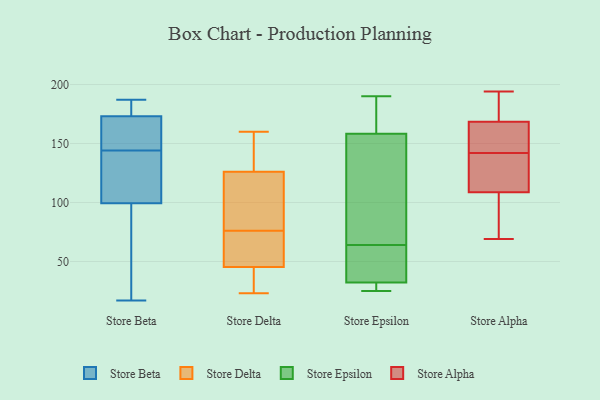
{"axis": {"x": "Tickets Resolved", "y": "Value"}, "legend": ["Store Alpha", "Store Beta", "Store Delta", "Store Epsilon"], "data": [{"x": "", "y": 31, "type": "Store Beta"}, {"x": "", "y": 185, "type": "Store Beta"}, {"x": "", "y": 176, "type": "Store Beta"}, {"x": "", "y": 126, "type": "Store Beta"}, {"x": "", "y": 144, "type": "Store Beta"}, {"x": "", "y": 146, "type": "Store Beta"}, {"x": "", "y": 113, "type": "Store Beta"}, {"x": "", "y": 17, "type": "Store Beta"}, {"x": "", "y": 187, "type": "Store Beta"}, {"x": "", "y": 100, "type": "Store Beta"}, {"x": "", "y": 162, "type": "Store Beta"}, {"x": "", "y": 97, "type": "Store Beta"}, {"x": "", "y": 164, "type": "Store Beta"}, {"x": "", "y": 140, "type": "Store Beta"}, {"x": "", "y": 178, "type": "Store Beta"}, {"x": "", "y": 172, "type": "Store Beta"}, {"x": "", "y": 30, "type": "Store Beta"}, {"x": "", "y": 23, "type": "Store Delta"}, {"x": "", "y": 25, "type": "Store Delta"}, {"x": "", "y": 76, "type": "Store Delta"}, {"x": "", "y": 129, "type": "Store Delta"}, {"x": "", "y": 77, "type": "Store Delta"}, {"x": "", "y": 140, "type": "Store Delta"}, {"x": "", "y": 92, "type": "Store Delta"}, {"x": "", "y": 160, "type": "Store Delta"}, {"x": "", "y": 46, "type": "Store Delta"}, {"x": "", "y": 40, "type": "Store Delta"}, {"x": "", "y": 45, "type": "Store Delta"}, {"x": "", "y": 147, "type": "Store Delta"}, {"x": "", "y": 73, "type": "Store Delta"}, {"x": "", "y": 117, "type": "Store Delta"}, {"x": "", "y": 57, "type": "Store Delta"}, {"x": "", "y": 180, "type": "Store Epsilon"}, {"x": "", "y": 33, "type": "Store Epsilon"}, {"x": "", "y": 181, "type": "Store Epsilon"}, {"x": "", "y": 113, "type": "Store Epsilon"}, {"x": "", "y": 134, "type": "Store Epsilon"}, {"x": "", "y": 190, "type": "Store Epsilon"}, {"x": "", "y": 30, "type": "Store Epsilon"}, {"x": "", "y": 151, "type": "Store Epsilon"}, {"x": "", "y": 25, "type": "Store Epsilon"}, {"x": "", "y": 33, "type": "Store Epsilon"}, {"x": "", "y": 64, "type": "Store Epsilon"}, {"x": "", "y": 70, "type": "Store Epsilon"}, {"x": "", "y": 27, "type": "Store Epsilon"}, {"x": "", "y": 54, "type": "Store Epsilon"}, {"x": "", "y": 188, "type": "Store Epsilon"}, {"x": "", "y": 29, "type": "Store Epsilon"}, {"x": "", "y": 61, "type": "Store Epsilon"}, {"x": "", "y": 164, "type": "Store Alpha"}, {"x": "", "y": 123, "type": "Store Alpha"}, {"x": "", "y": 104, "type": "Store Alpha"}, {"x": "", "y": 84, "type": "Store Alpha"}, {"x": "", "y": 170, "type": "Store Alpha"}, {"x": "", "y": 69, "type": "Store Alpha"}, {"x": "", "y": 142, "type": "Store Alpha"}, {"x": "", "y": 177, "type": "Store Alpha"}, {"x": "", "y": 152, "type": "Store Alpha"}, {"x": "", "y": 194, "type": "Store Alpha"}, {"x": "", "y": 142, "type": "Store Alpha"}]}